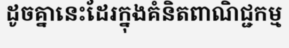
ដូចគ្នានេះដែរក្នុងគំនិតពាណិជ្ជកម្ម